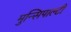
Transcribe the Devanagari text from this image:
मुन्सिपाल्टी